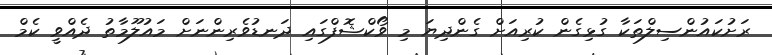
ރަށުކައުންސިލްތަކާ ގުޅިގެން ކުރިއަށް ގެންދިޔަ މި ވޯކްޝޮފްގައި ދަނޑުވެރިންނަށް މައުލޫމާތު ދެއްވީ ކެމް